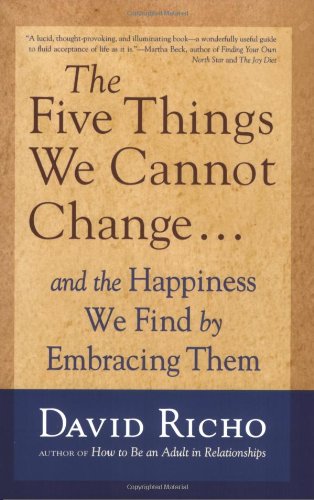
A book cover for The Five Things We Cannot Change: And the Happiness We Find by Embracing Them; David Richo; Health, Fitness & Dieting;